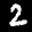
Label: 2